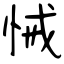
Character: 悈